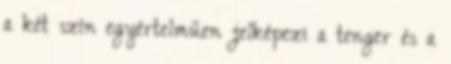
a két szín egyértelműen jelképezi a tenger és a